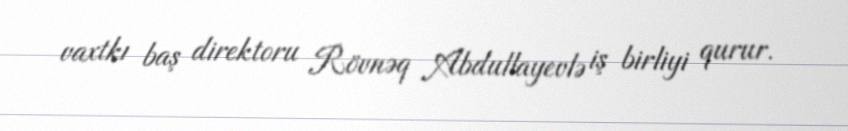
vaxtkı baş direktoru Rövnəq Abdullayevlə iş birliyi qurur.